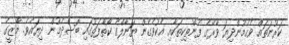
ކަރުނަތައް ވެހެމުންދިޔަ ވާރޭގެ ފެންތިކިތަކާއި އެކުވެގެން ޔަނާލްގެ ކޯތާފަތުގައި ބޮސްދެމުން ދިޔައެވެ. މާޒީގެ